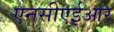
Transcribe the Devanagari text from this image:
एनसीएईआर